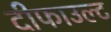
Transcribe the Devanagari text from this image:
दीफाउल्ट